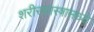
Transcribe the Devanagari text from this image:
शरीरशास्त्रामध्ये